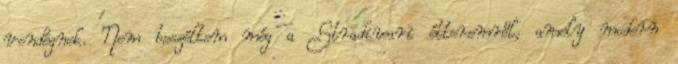
vendégnek. Nem beszéltem még a Stradivari étteremről, amely modern